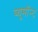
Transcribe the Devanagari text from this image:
ब्यूमॉन्ट